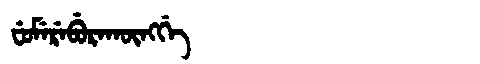
Manchu: ᠸᡠᠮᡝᡵᡝᠪᡠᡵᠠᡴᡡᠩᡤᡝ
Romanization: FUMEREBURAKŪNGGE